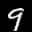
Label: 9